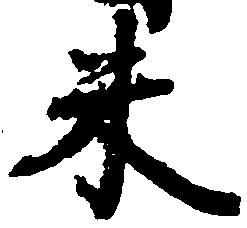
米